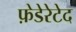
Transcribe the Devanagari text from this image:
फ़ेडेरेटेद